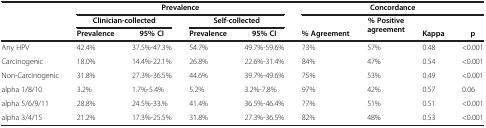
<table><thead><tr><td><b> </b></td><td><b> </b></td><td><b> </b></td><td><b> </b></td><td><b> </b></td><td colspan="4"><b>Prevalence</b></td><td colspan="4"><b>Concordance</b></td></tr><tr><td><b> </b></td><td colspan="2"><b>Clinician-collected</b></td><td colspan="2"><b>Self-collected</b></td><td><b> </b></td><td rowspan="2"><b>% Positive agreement</b></td><td><b> </b></td><td><b> </b></td><td><b> </b></td></tr><tr><td><b> </b></td><td><b>Prevalence</b></td><td><b>95% CI</b></td><td><b>Prevalence</b></td><td><b>95% CI</b></td><td><b>% Agreement</b></td><td><b>Kappa</b></td><td><b>p</b></td><td><b> </b></td></tr></thead><tbody><tr><td>Any HPV</td><td>42.4%</td><td>37.5%-47.3%</td><td>54.7%</td><td>49.7%-59.6%</td><td>73%</td><td>57%</td><td>0.48</td><td>&lt;0.001</td></tr><tr><td>Carcinogenic</td><td>18.0%</td><td>14.4%-22.1%</td><td>26.8%</td><td>22.6%-31.4%</td><td>84%</td><td>47%</td><td>0.54</td><td>&lt;0.001</td></tr><tr><td>Non-Carcinogenic</td><td>31.8%</td><td>27.3%-36.5%</td><td>44.6%</td><td>39.7%-49.6%</td><td>75%</td><td>53%</td><td>0.49</td><td>&lt;0.001</td></tr><tr><td>alpha 1/8/10</td><td>3.2%</td><td>1.7%-5.4%</td><td>5.2%</td><td>3.2%-7.8%</td><td>97%</td><td>42%</td><td>0.57</td><td>0.06</td></tr><tr><td>alpha 5/6/9/11</td><td>28.8%</td><td>24.5%-33.%</td><td>41.4%</td><td>36.5%-46.4%</td><td>77%</td><td>51%</td><td>0.51</td><td>&lt;0.001</td></tr><tr><td>alpha 3/4/15</td><td>21.2%</td><td>17.3%-25.5%</td><td>31.8%</td><td>27.3%-36.5%</td><td>82%</td><td>48%</td><td>0.53</td><td>&lt;0.001</td></tr></tbody></table>